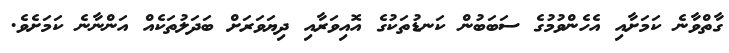
ގާތްވާނެ ކަމަށާއި އެހެންވުމުގެ ސަބަބުން ކަނޑުތަކުގެ އޮއިވަރާއި ދިޔަވަރަށް ބަދަލުތަކެއް އަންނާނެ ކަމަށެވެ.